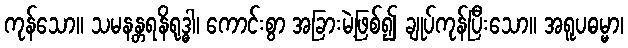
ကုန်သော။ သမနန္တရနိရုဒ္ဓါ၊ ကောင်းစွာ အခြားမဲ့ဖြစ်၍ ချုပ်ကုန်ပြီးသော။ အရူပဓမ္မာ၊